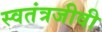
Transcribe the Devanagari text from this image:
स्वतंत्रजीवी